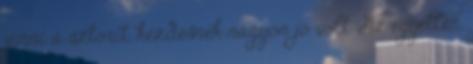
vinni a sztorit, kezdésnek nagyon jó volt. Az egyetlen,